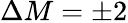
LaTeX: \Delta M=\pm 2